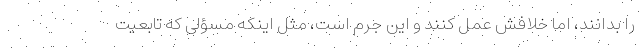
را بدانند، اما خلافش عمل کنند و این جرم است، مثل اینکه مسؤلی که تابعیت